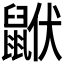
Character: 𪕟